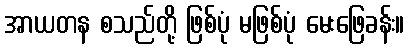
အာယတန စသည်တို့ ဖြစ်ပုံ မဖြစ်ပုံ မေးဖြေခန်း။